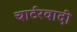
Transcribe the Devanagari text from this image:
चार्टरवादी